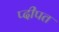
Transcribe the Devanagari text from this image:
प्दीपत